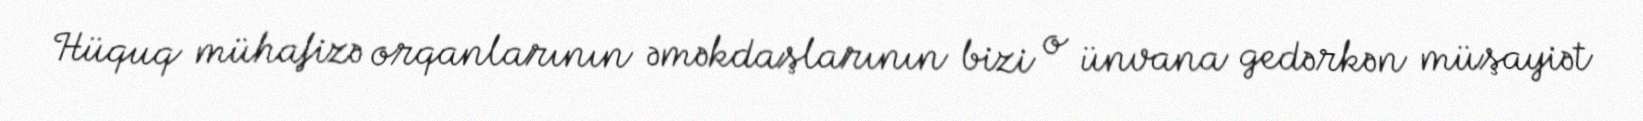
Hüquq mühafizə orqanlarının əməkdaşlarının bizi o ünvana gedərkən müşayiət